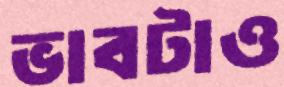
ভাবটাও